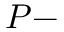
P -